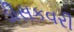
ડીસકવરી